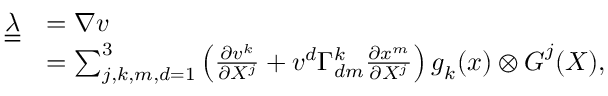
\begin{array} { r l } { \boldsymbol { \underline { { \underline { { \lambda } } } } } } & { = \nabla \boldsymbol { v } } \\ & { = \sum _ { j , k , m , d = 1 } ^ { 3 } \left( \frac { \partial v ^ { k } } { \partial X ^ { j } } + v ^ { d } \Gamma _ { d m } ^ { k } \frac { \partial x ^ { m } } { \partial X ^ { j } } \right) \boldsymbol { g } _ { k } ( \boldsymbol { x } ) \otimes \boldsymbol { G } ^ { j } ( \boldsymbol { X } ) , } \end{array}